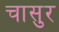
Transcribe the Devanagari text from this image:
चासुर